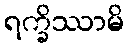
ရက္ခိဿာမိ